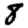
Digit: 8